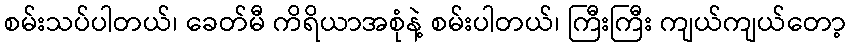
စမ်းသပ်ပါတယ်၊ ခေတ်မီ ကိရိယာအစုံနဲ့ စမ်းပါတယ်၊ ကြီးကြီး ကျယ်ကျယ်တော့